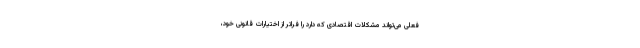
فعلی می‌تواند مشکلات اقتصادی که دارد را فراتر از اختیارات قانونی خود،